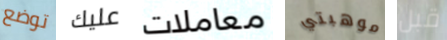
توضع عليك معاملات موهبتي قبل